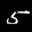
Label: 5